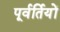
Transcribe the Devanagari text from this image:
पूर्वर्तियों